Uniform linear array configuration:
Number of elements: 16
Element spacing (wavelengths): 1
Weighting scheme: uniform
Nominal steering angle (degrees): -30
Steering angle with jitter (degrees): -31.684
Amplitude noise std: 0.05
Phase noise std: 0.05

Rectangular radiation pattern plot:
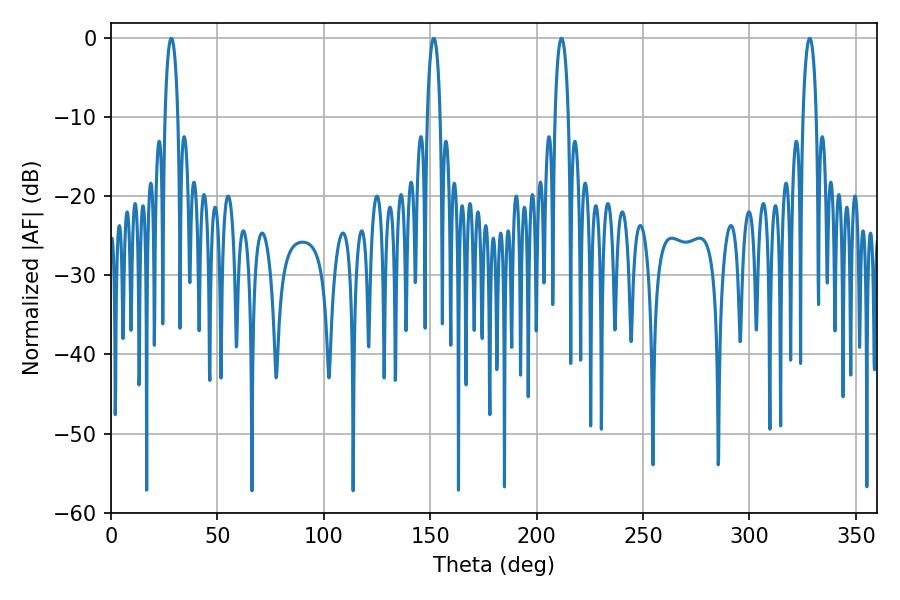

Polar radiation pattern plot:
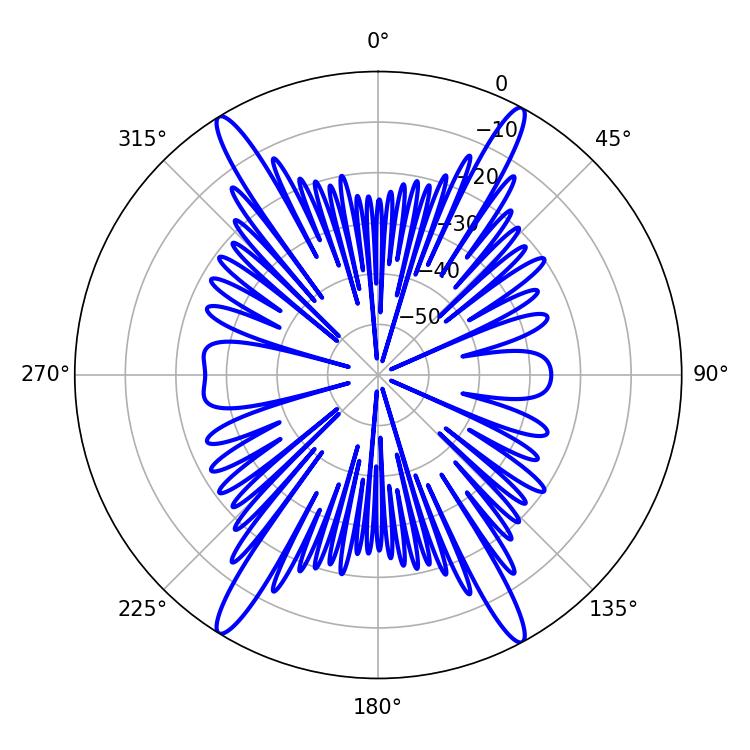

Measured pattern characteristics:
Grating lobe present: TRUE
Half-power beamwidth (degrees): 3.6
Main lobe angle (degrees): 211.68